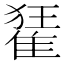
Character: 𨿗